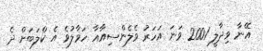
އޭނާ ވިދާލީ 2001 ވަނަ އަހަރު ވެލެންސިއާއާ ހަވާލުވެ އެ ކްލަބަށް ދެ